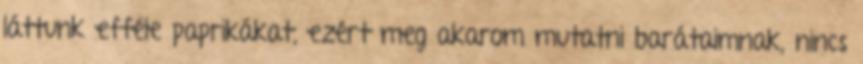
láttunk efféle paprikákat, ezért meg akarom mutatni barátaimnak, nincs